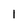
Character: 1